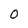
Character: 0